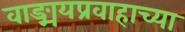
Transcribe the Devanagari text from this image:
वाङ्मयप्रवाहाच्या